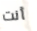
أنت